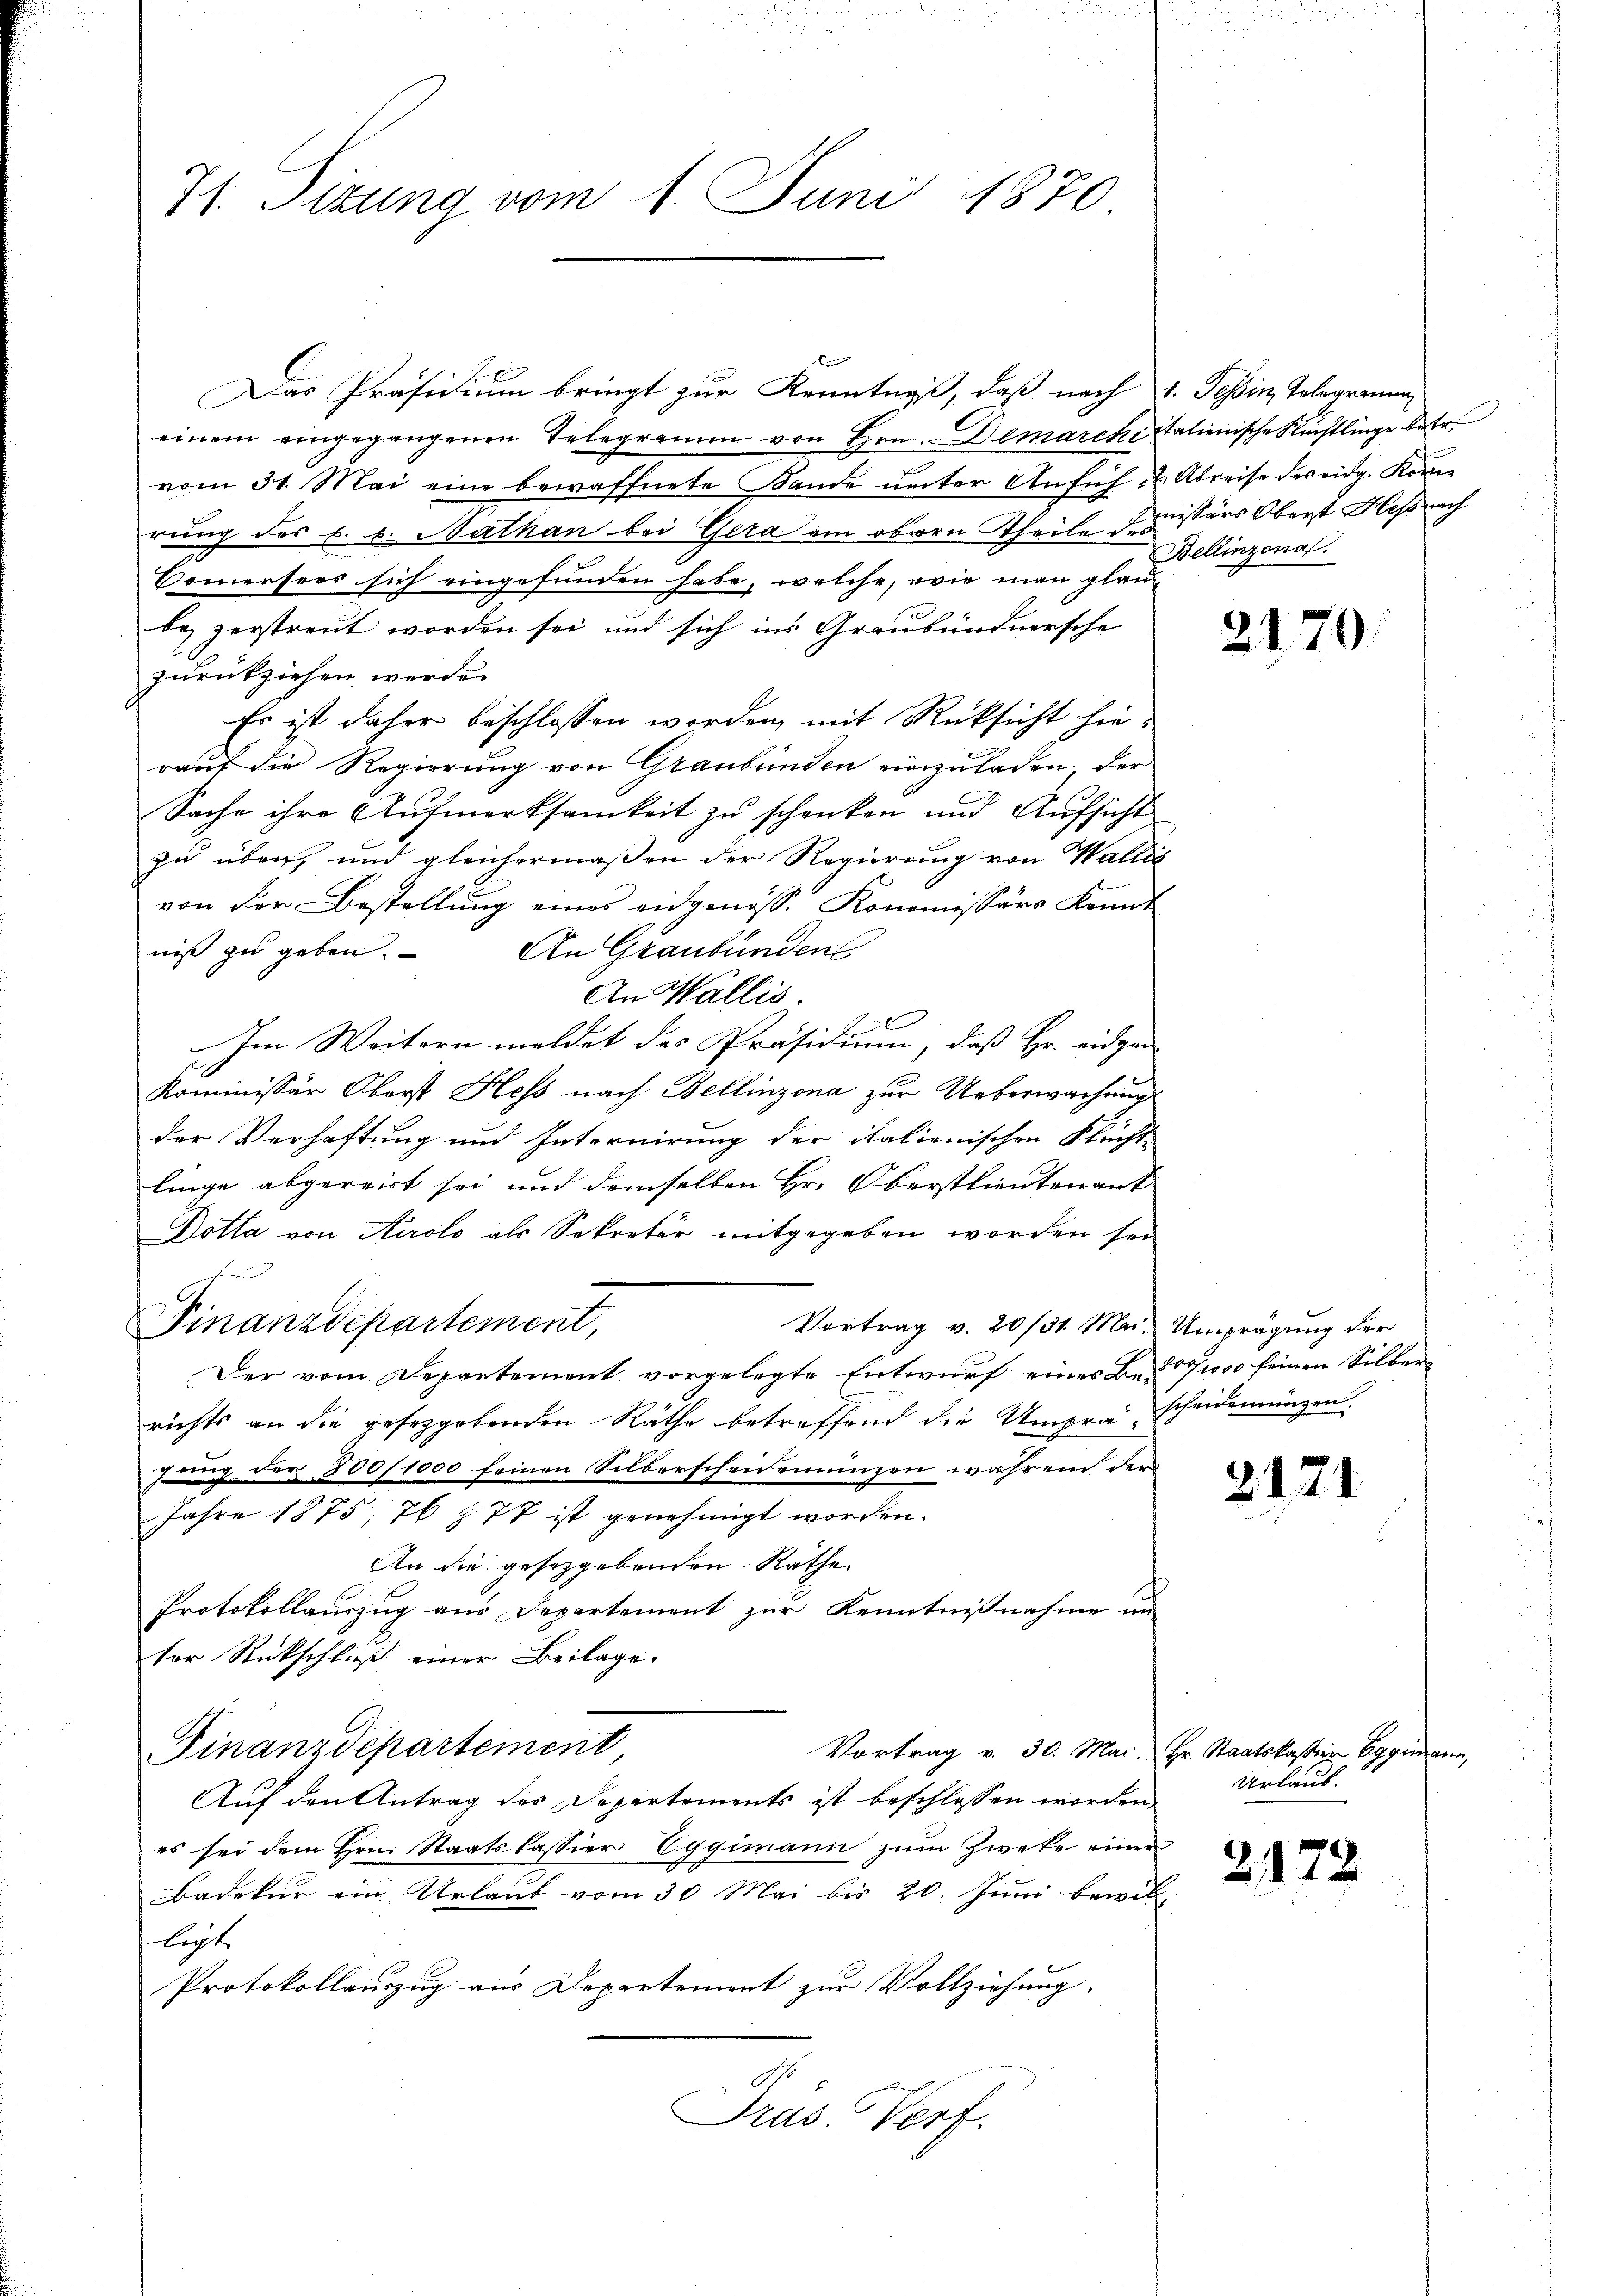
71. Sizung vom 1. Juni 1870.

einem eingegangenen Telegramm von Hrn. Demarcke italienische Rechtlinge betr.
.
vom 31. Mai eine bewaffnete Bande unter Anfüh- & Abreise des eidg. Kornrung des E. s. Nathan bei Gera am obern Theile missärs Oberst Heß nach
Somersees sich eingefunden habe, welche, wie man glaube zerstreut worden sei und sich ins Graubündnersche
zurückziehen werde.
Er ist daher beschlossen worden, mit Rücksicht hierauf die Regierung von Graubünden einzuladen, der
Sache ihre Aufmerksamkeit zu schenken und Aufsicht
zu über, und gleichermaßen der Regierung von Wallis
von der Bestellung eines eidgenöss. Konomissärs konnt
niß zu geben. An Graubünden
An Wallis.
Im Weitern meldet des Präsidium, daß Hr. eidgen
Kommissär Oberst Hess nach Bellinzona zur Ueberwachung
der Verhaftung und Internirung der italienischen Flucht-
linge abgereist sei und demselben Hr. Oberstlieutenant
Dotta von Airolo als Sekretär mitgegeben worden sei

Finanzdepartement,
Vortrag v. 20/31. Mai. Umprägung der
Der vom Departement vorgelegte Entwurf eines Be- 1000 seinen Silber
richts an die gesetzgebenden Räthe betreffend die Umprascheideringen.
Jung. Fr. 800/1000 feinen Silberscheidemünzen wahren der
Jahre 1875. 76 § 77 ist genehmigt worden.
An die gesetzgebenden Räthe
Protokollauszug aus Departement zur Kenntnißnahme un
ter Rückschluß einer Beilage.
Finanzdepartement,
Vortrag v. 30. Mai. Hr. Staatskassier Eggimann,
Auf den Antrag des Depertements ist beschlossen worden
es sei dem Hrn. Staatskassier Eggimann zum Zweke einer
Badekur ein Urlaub vom 30 Mai bis 20. Juni bewillichte
Protokollauszug aus Departement zur Vollziehung,
Präs. Vorf

f
Das Präsidium bringt zur Kenntniß, daß nach u. Tessin, Tologramm

Bellinzona.

2170

2171

Urlaub.

2172